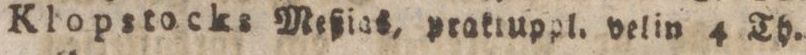
Klopstocks Meßias, praktuppl. velin 4 Th.